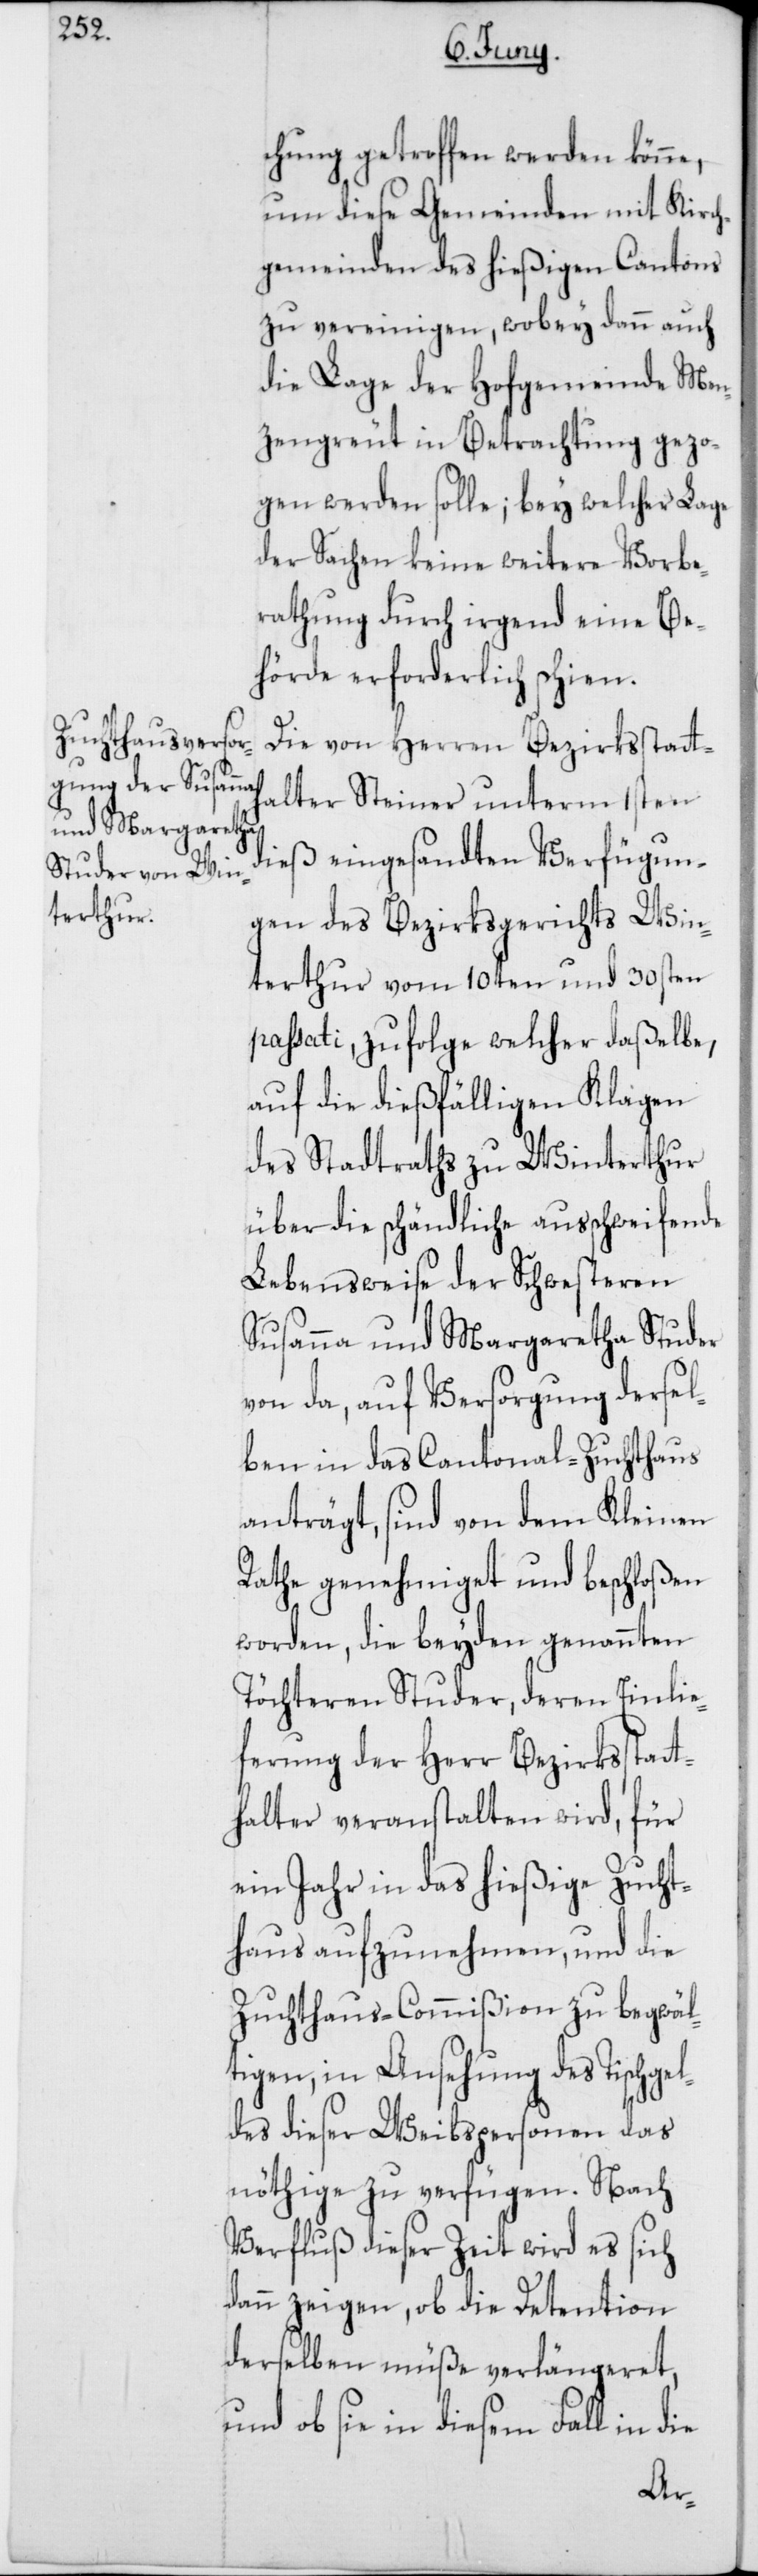
chung getroffen werden könne,
um diese Gemeinden mit Kirch¬
gemeinden des hießigen Cantons
zu vereinigen, wobey dann auch
die Lage der Hofgemeinde Men¬
zengreut in Betrachtung gezo¬
gen werden solle; bey welcher Lage
der Sachen keine weitere Vorbe¬
rathung durch irgend eine Be¬
hörde erforderlich schien.
Die von Herren Bezirksstatt¬
halter Steiner unterm 1sten
dieß eingesandten Verfügun¬
gen des Bezirksgerichts Win¬
terthur vom 10ten und 30sten
passati, zufolge welcher daßelbe,
auf die dießfälligen Klagen
des Stadtraths zu Winterthur
über die schändliche ausschweifende
Lebensweise der Schwesteren
Susanna und Margaretha Studer
von da, auf Versorgung dersel¬
ben in das Cantonal-Zuchthaus
anträgt, sind von dem Kleinen
Rathe genehmiget und beschloßen
worden, die beyden genannten
Töchteren Studer, deren Einlie¬
ferung der Herr Bezirksstatt¬
halter veranstalten wird, für
ein Jahr in das hießige Zucht¬
haus aufzunehmen, und die
Zuchthaus-Commißion zu begwäl¬
tigen, in Ansehung des Tischge¬
ldes dieser Weibspersonen das
nöthige zu verfügen. Nach
Verfluß dieser Zeit wird es sich
dann zeigen, ob die Detention
derselben müße verlängeret,
und ob sie in diesem Fall in die